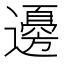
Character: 𮟚